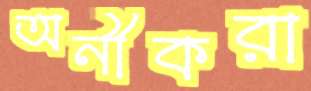
অনীকরা